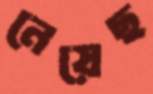
নেয়েছ